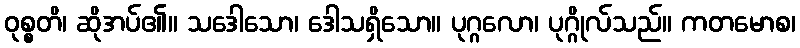
ဝုစ္စတိ၊ ဆိုအပ်၏။ သဒေါသော၊ ဒေါသရှိသော။ ပုဂ္ဂလော၊ ပုဂ္ဂိုလ်သည်။ ကတမောစ၊